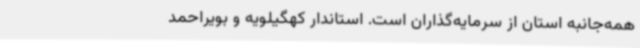
همه‌جانبه استان از سرمایه‌گذاران است. استاندار کهگیلویه و بویراحمد